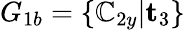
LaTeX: G_{1b}=\{ \mathbb{C}_{2y}|\mathbf{{t}}_{3}\}